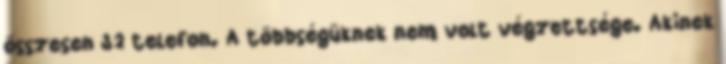
összesen 32 telefon. A többségüknek nem volt végzettsége. Akinek